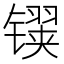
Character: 𬭹